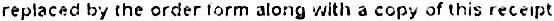
REPLACED BY THE ORDER FORM ALONG WITH A COPY OF THIS RECEIPT